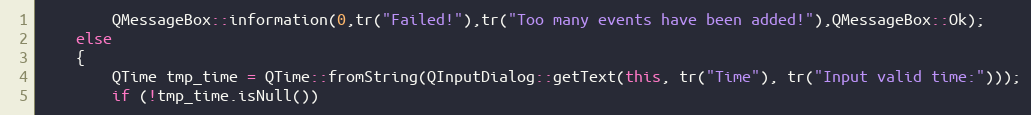
Language: C++
        QMessageBox::information(0,tr("Failed!"),tr("Too many events have been added!"),QMessageBox::Ok);
    else
    {
        QTime tmp_time = QTime::fromString(QInputDialog::getText(this, tr("Time"), tr("Input valid time:")));
        if (!tmp_time.isNull())